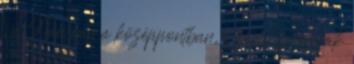
, a Nap van a középpontban, e körül forognak